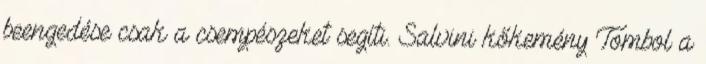
beengedése csak a csempészeket segíti. Salvini kőkemény Tombol a